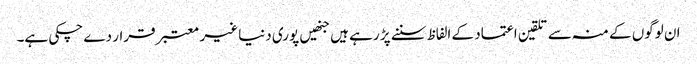
ان لوگوں کے منہ سے تلقین اعتماد کے الفاظ سننے پڑ رہے ہیں جنھیں پوری دنیا غیر معتبر قرار دے چکی ہے۔